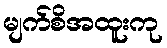
မျက်စိအထူးကု